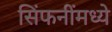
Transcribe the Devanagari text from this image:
सिंफनींमध्ये